Annual report of lunatic asylums [Bombay] - 1912-1922
Year: 1912
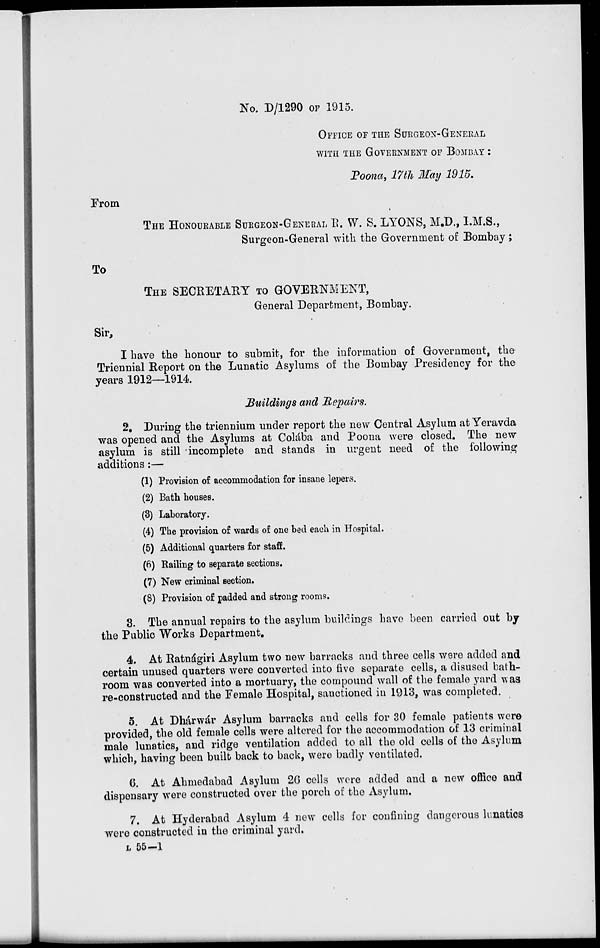
No. D/1290 OF 1915.
OFFICE OF THE SURGEON-GENERAL
WITH THE GOVERNMENT OF BOMBAY:
Poona, 17th May 1915.
From
THE HONOURABLE SURGEON-GENERAL R. W. S. LYONS, M.D., I.M.S.,
Surgeon-General with the Government of Bombay;
To
THE SECRETARY TO GOVERNMENT,
General Department, Bombay.
Sir,
I have the honour to submit, for the information of Government, the
Triennial Report on the Lunatic Asylums of the Bombay Presidency for the
years 1912—1914.
Buildings and Repairs.
2. During the triennium under report the new Central Asylum at Yeravda
was opened and the Asylums at Colába and Poona were closed. The new
asylum is still incomplete and stands in urgent need of the following
additions:—
(1) Provision of accommodation for insane lepers.
(2) Bath houses.
(3) Laboratory.
(4) The provision of wards of one bed each in Hospital.
(5) Additional quarters for staff.
(6) Railing to separate sections.
(7) New criminal section.
(8) Provision of padded and strong rooms.
3. The annual repairs to the asylum buildings have been carried out by
the Public Works Department.
4. At Ratnágiri Asylum two new barracks and three cells were added and
certain unused quarters were converted into five separate cells, a disused bath-
room was converted into a mortuary, the compound wall of the female yard was
re-constructed and the Female Hospital, sanctioned in 1913, was completed.
5. At Dhárwár Asylum barracks and cells for 30 female patients were
provided, the old female cells were altered for the accommodation of 13 criminal
male lunatics, and ridge ventilation added to all the old cells of the Asylum
which, having been built back to back, were badly ventilated.
6. At Ahmedabad Asylum 26 cells were added and a new office and
dispensary were constructed over the porch of the Asylum.
7. At Hyderabad Asylum 4 new cells for confining dangerous lunatics
were constructed in the criminal yard.
L 55—1